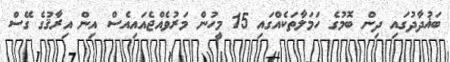
ބަޣުދާދުގައި ދިން ބޮމުގެ ހަމަލާތަކެއްގައި 15 މީހުން މަރުވެއްޖެއައިއެސް އިން އިރާޤުގެ ގޭސް